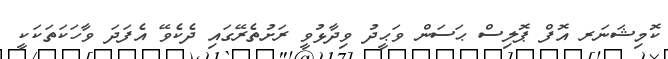
ކޮމިޝަނަރ އޮފް ޕޮލިސް ޙަސަން ވަޙީދު ވިދާޅުވީ ރަށުތެރޭގައި ދެކެވޭ އެފަދަ ވާހަކަތަކަކީ